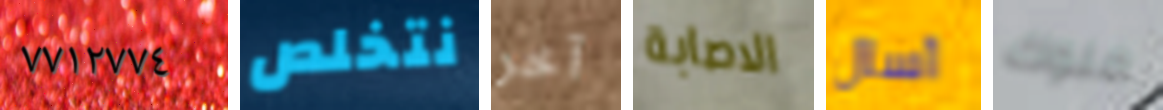
٧٧١٢٧٧٤ نتخلص آخر الاصابة أسال ملوك